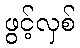
ဖွင့်လှစ်